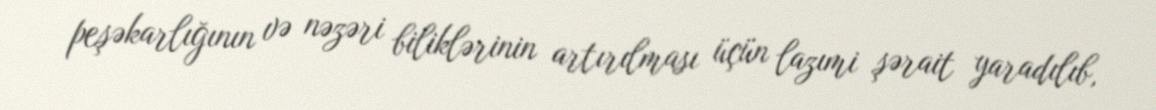
peşəkarlığının və nəzəri biliklərinin artırılması üçün lazımi şərait yaradılıb,